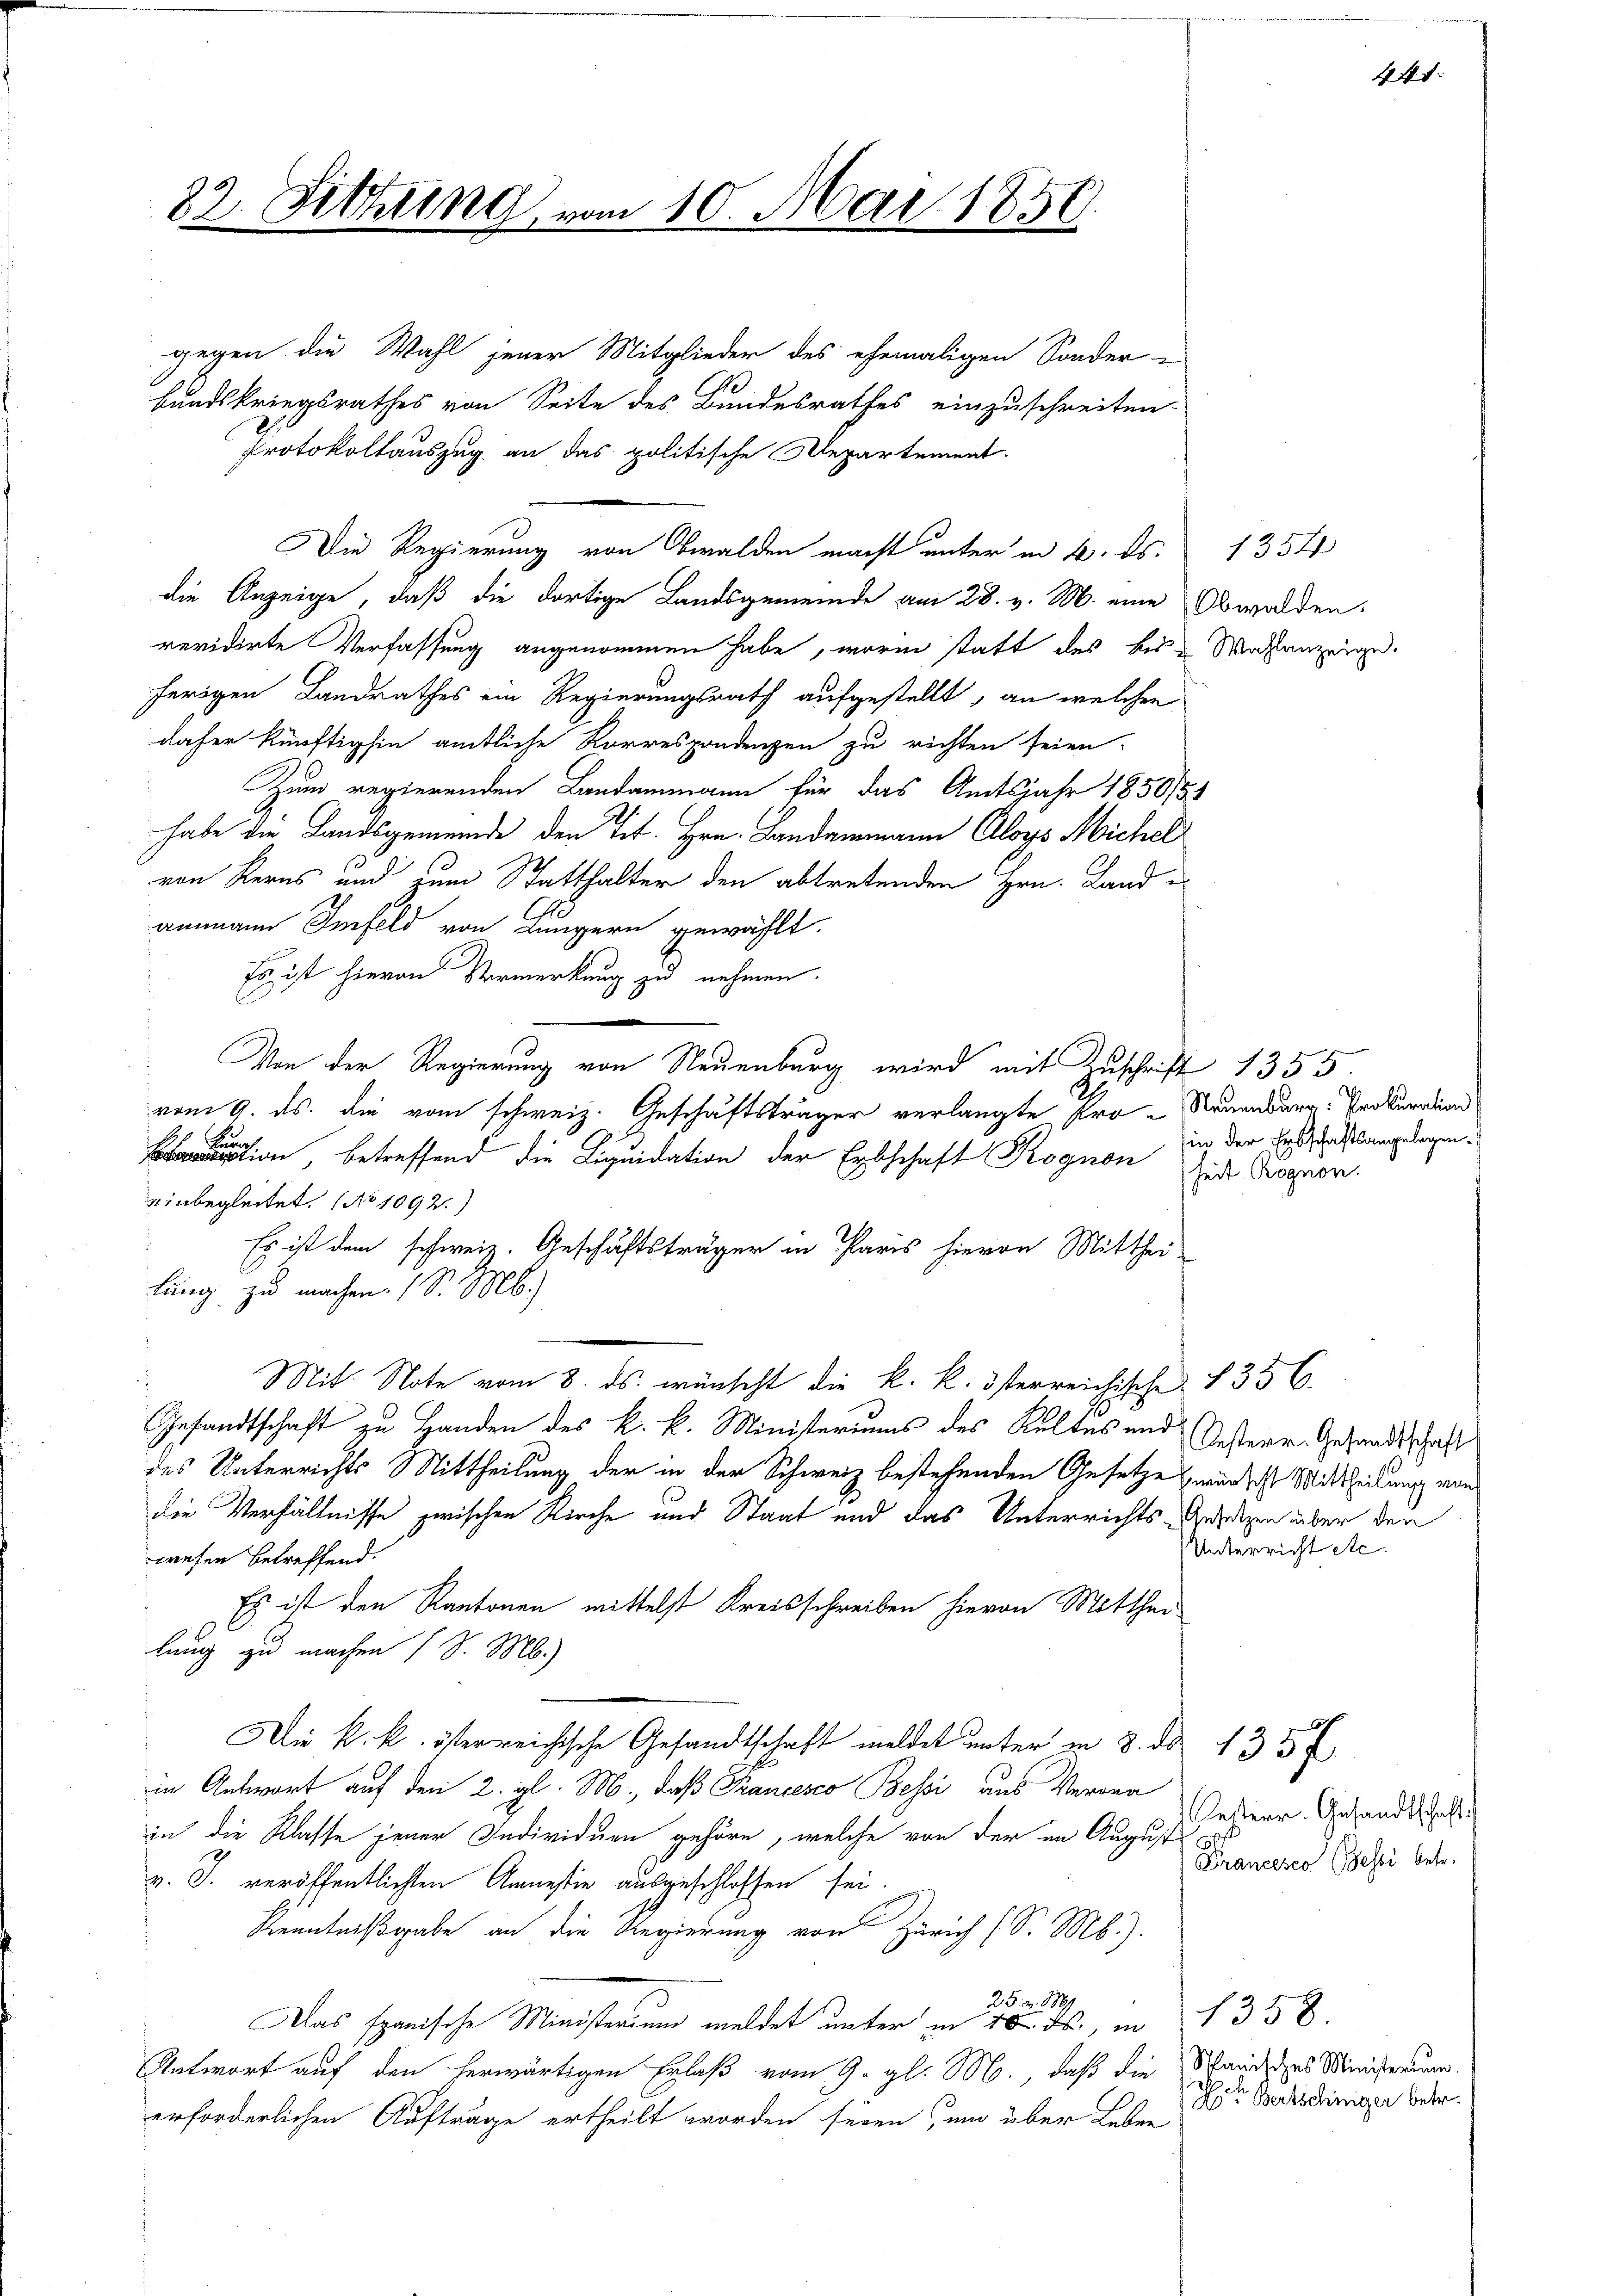
82. Sitzung, vom 10. Mai 1859.

gegen die Wahl jener Mitglieder des ehemaligen Sonder-
1
bundskriegsrathes von Seite des Bundesrathes einzuschreiten
Protokollauszug an das politische Departement.
Die Regierung von Obwalden macht unter in 4. ds.
die Anzeige, daß die dortige Landsgemeinde am 28. v. M. eine Obwalden,
revidirte Verfassung angenommen habe, worin statt des bis Wahlanzeige
herigen Landrathes ein Regierungsrath aufgestellt, an welchen
daher künftighin amtliche Korrespondenzen zu richten seien.
Zum regierenden Landammann für das Amtsjahr 1850/51
habe die Landsgemeinde den Tit. Hrn. Landammann Aloys Michel
von Kerns und zum Statthalter den abtretenden Hrn. Landammann Imfeld von Lungern gewählt.
Es ist hievon Vormerkung zu nehmen.
Von der Regierung von Neuenburg wird mit Zuschrift 1355.
vom 9. ds. die vom schweiz. Geschäftsträger verlangte Pro- Neuenburg. Prokuratun
1
ion, betreffend die Liquidation der Erbschaft Rognon sei Bogen.
einbegleitet. No 1092.)
.
Es ist dem schweiz. Geschäftsträger in Paris hievon Mitthei-
lung zu machen. 1 S. M.)
Mit Note vom 8. ds. wünscht die k. k. österreichische 1356.
Gesandtschaft zu Handen des k. k. Ministeriums des Keltes und Oesterr. Gesandtschaft
des Unterrichts Mittheilung der in der Schweiz bestehenden Gesetze wäre ich Mittheilung von
die Verhältnisse zwischen Kirche und Staat und das Unterrichts Gesetzen über den
wesen betreffend.
Es ist den Kantonen mittelst Kreisschreiben hievon Mitthei
lung zu machen (S. M.)
Die k. k. österreichische Gesandtschaft meldet unter in 8. ds 433 f
in Antwort auf den 2. gl. M., daß Francesco Bessi aus Verona
in die Klasse jener Individuen gehöre, welche von der im August
v. J. veröffentlichten Amnestie ausgeschlossen sei.
Kenntnißgabe an die Regierung von Zürich (S. M.).
25 Fr. 1889
Das spanische Minister und meldet unter in 20 Fr., in 1358.
Antwort auf den herwärtigen Erlaß vom 9. gl. M., daß die Schandes Ministerum
erforderlichen Aufträge ertheilt worden seien, und über Leben der Backsdringe betr.

1354

44.

in der Erbschaftsangelegen.

Unterricht etc.

Oesterr. Gesandtschaft
Francesco Besei betr.